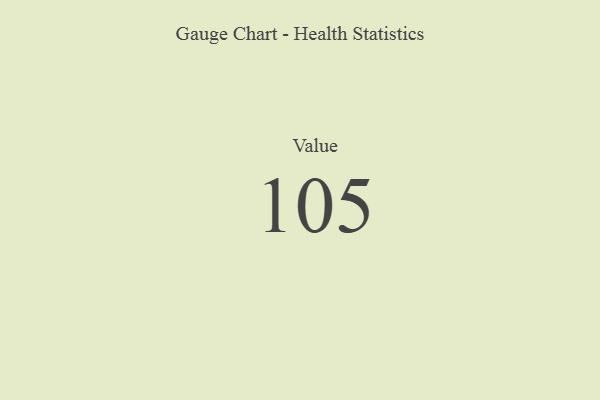
{"axis": {"x": "Metric", "y": "Value"}, "legend": [""], "data": [{"x": "Value", "y": 105, "type": ""}]}